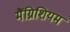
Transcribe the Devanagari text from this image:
मैंग्निशियम